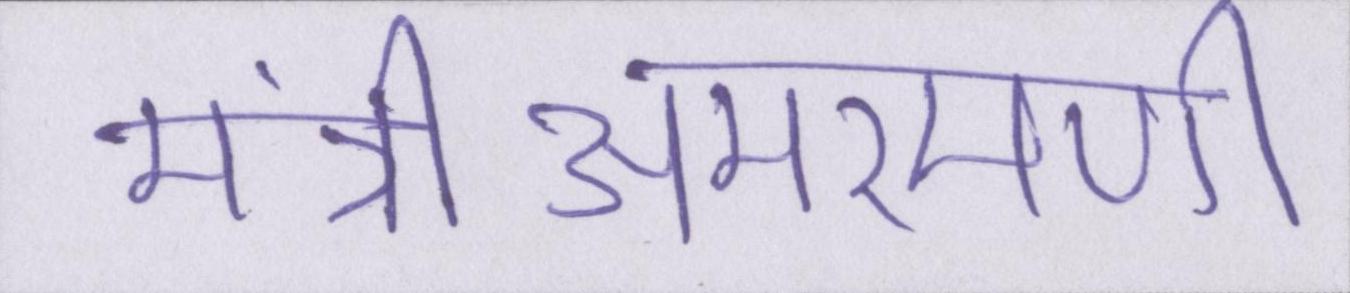
मंत्रीअमरमणी